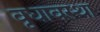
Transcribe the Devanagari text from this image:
वृधावस्था